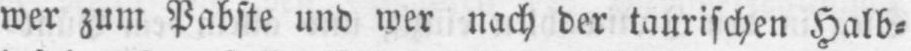
wer zum Pabste und wer nach der taurischen Halb⸗